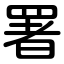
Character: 署